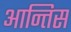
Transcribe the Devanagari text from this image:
आन्तिस